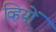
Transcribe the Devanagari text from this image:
व्हियों